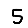
Digit: 5